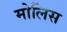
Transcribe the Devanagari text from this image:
मोलिस